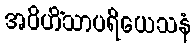
အဝိဟိံသာပရိယေသနံ